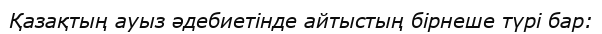
Қазақтың ауыз әдебиетінде айтыстың бірнеше түрі бар: